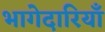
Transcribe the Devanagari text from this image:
भागेदारियाँ